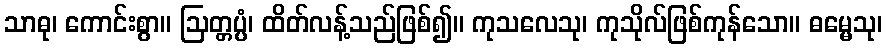
သာဓု၊ ကောင်းစွာ။ ဩတ္တပ္ပံ၊ ထိတ်လန့်သည်ဖြစ်၍။ ကုသလေသု၊ ကုသိုလ်ဖြစ်ကုန်သော။ ဓမ္မေသု၊